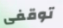
توقفى